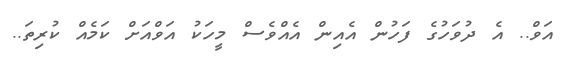
އަވް.. އެ ދުވަހުގެ ފަހުން އެއިން އެއްވެސް މީހަކު އަވްއަށް ކަމެއް ކުރިތަ..